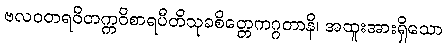
ဗလဝတရဝိတက္ကဝိစာရပီတိသုခစိတ္တေကဂ္ဂတာနိ၊ အထူးအားရှိသော